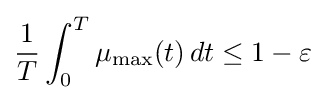
{\frac {1}{T}}\int _{0}^{T}\mu _{\max }(t)\,dt\leq 1-\varepsilon